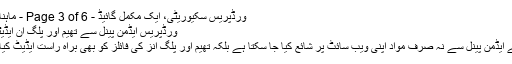
ورڈپریس سکیوریٹی، ایک مکمل گائیڈ - Page 3 of 6 - ماہنامہ کمپیوٹنگ
ورڈپریس ایڈمن پینل سے تھیم اور پلگ اِن ایڈیٹنگ بند کریں
ورڈپریس کے ایڈمن پینل سے نہ صرف مواد اپنی ویب سائٹ پر شائع کیا جا سکتا ہے بلکہ تھیم اور پلگ اِنز کی فائلز کو بھی براہِ راست ایڈیٹ کیا جا سکتا ہے۔